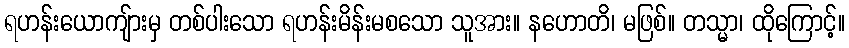
ရဟန်းယောကျ်ားမှ တစ်ပါးသော ရဟန်းမိန်းမစသော သူအား။ နဟောတိ၊ မဖြစ်။ တသ္မာ၊ ထိုကြောင့်။